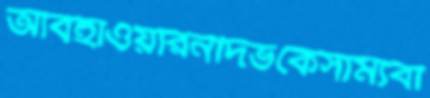
আবহাওয়ারনদিভকেসাম্যবা